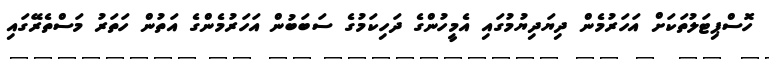
ހޮސްޕިޓަލުތަކަށް އަހަރުމެން ދިޔަދިޔުމުގައި އެމީހުންގެ ދަހިކަމުގެ ސަބަބުން އަހަރުމެންގެ އަތުން ހަތަރު މަސްތެރޭގައި